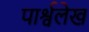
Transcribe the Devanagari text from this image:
पार्श्वलेख